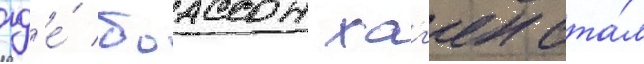
гд'е́ боассон хаг'ен ста́л